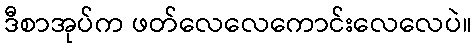
ဒီစာအုပ်က ဖတ်လေလေကောင်းလေလေပဲ။